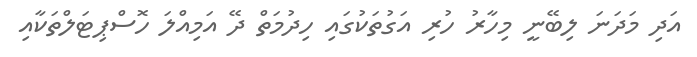
އަދި މަދަނަ ލިބޭނީ މިހާރު ހުރި އަގުތަކުގައި ހިދުމަތް ދޭ އަމިއްލަ ހޮސްޕިޓަލްތަކާއި